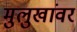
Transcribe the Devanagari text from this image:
मुलुखांवर